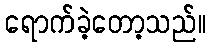
ရောက်ခဲ့တော့သည်။